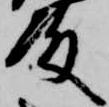
殿